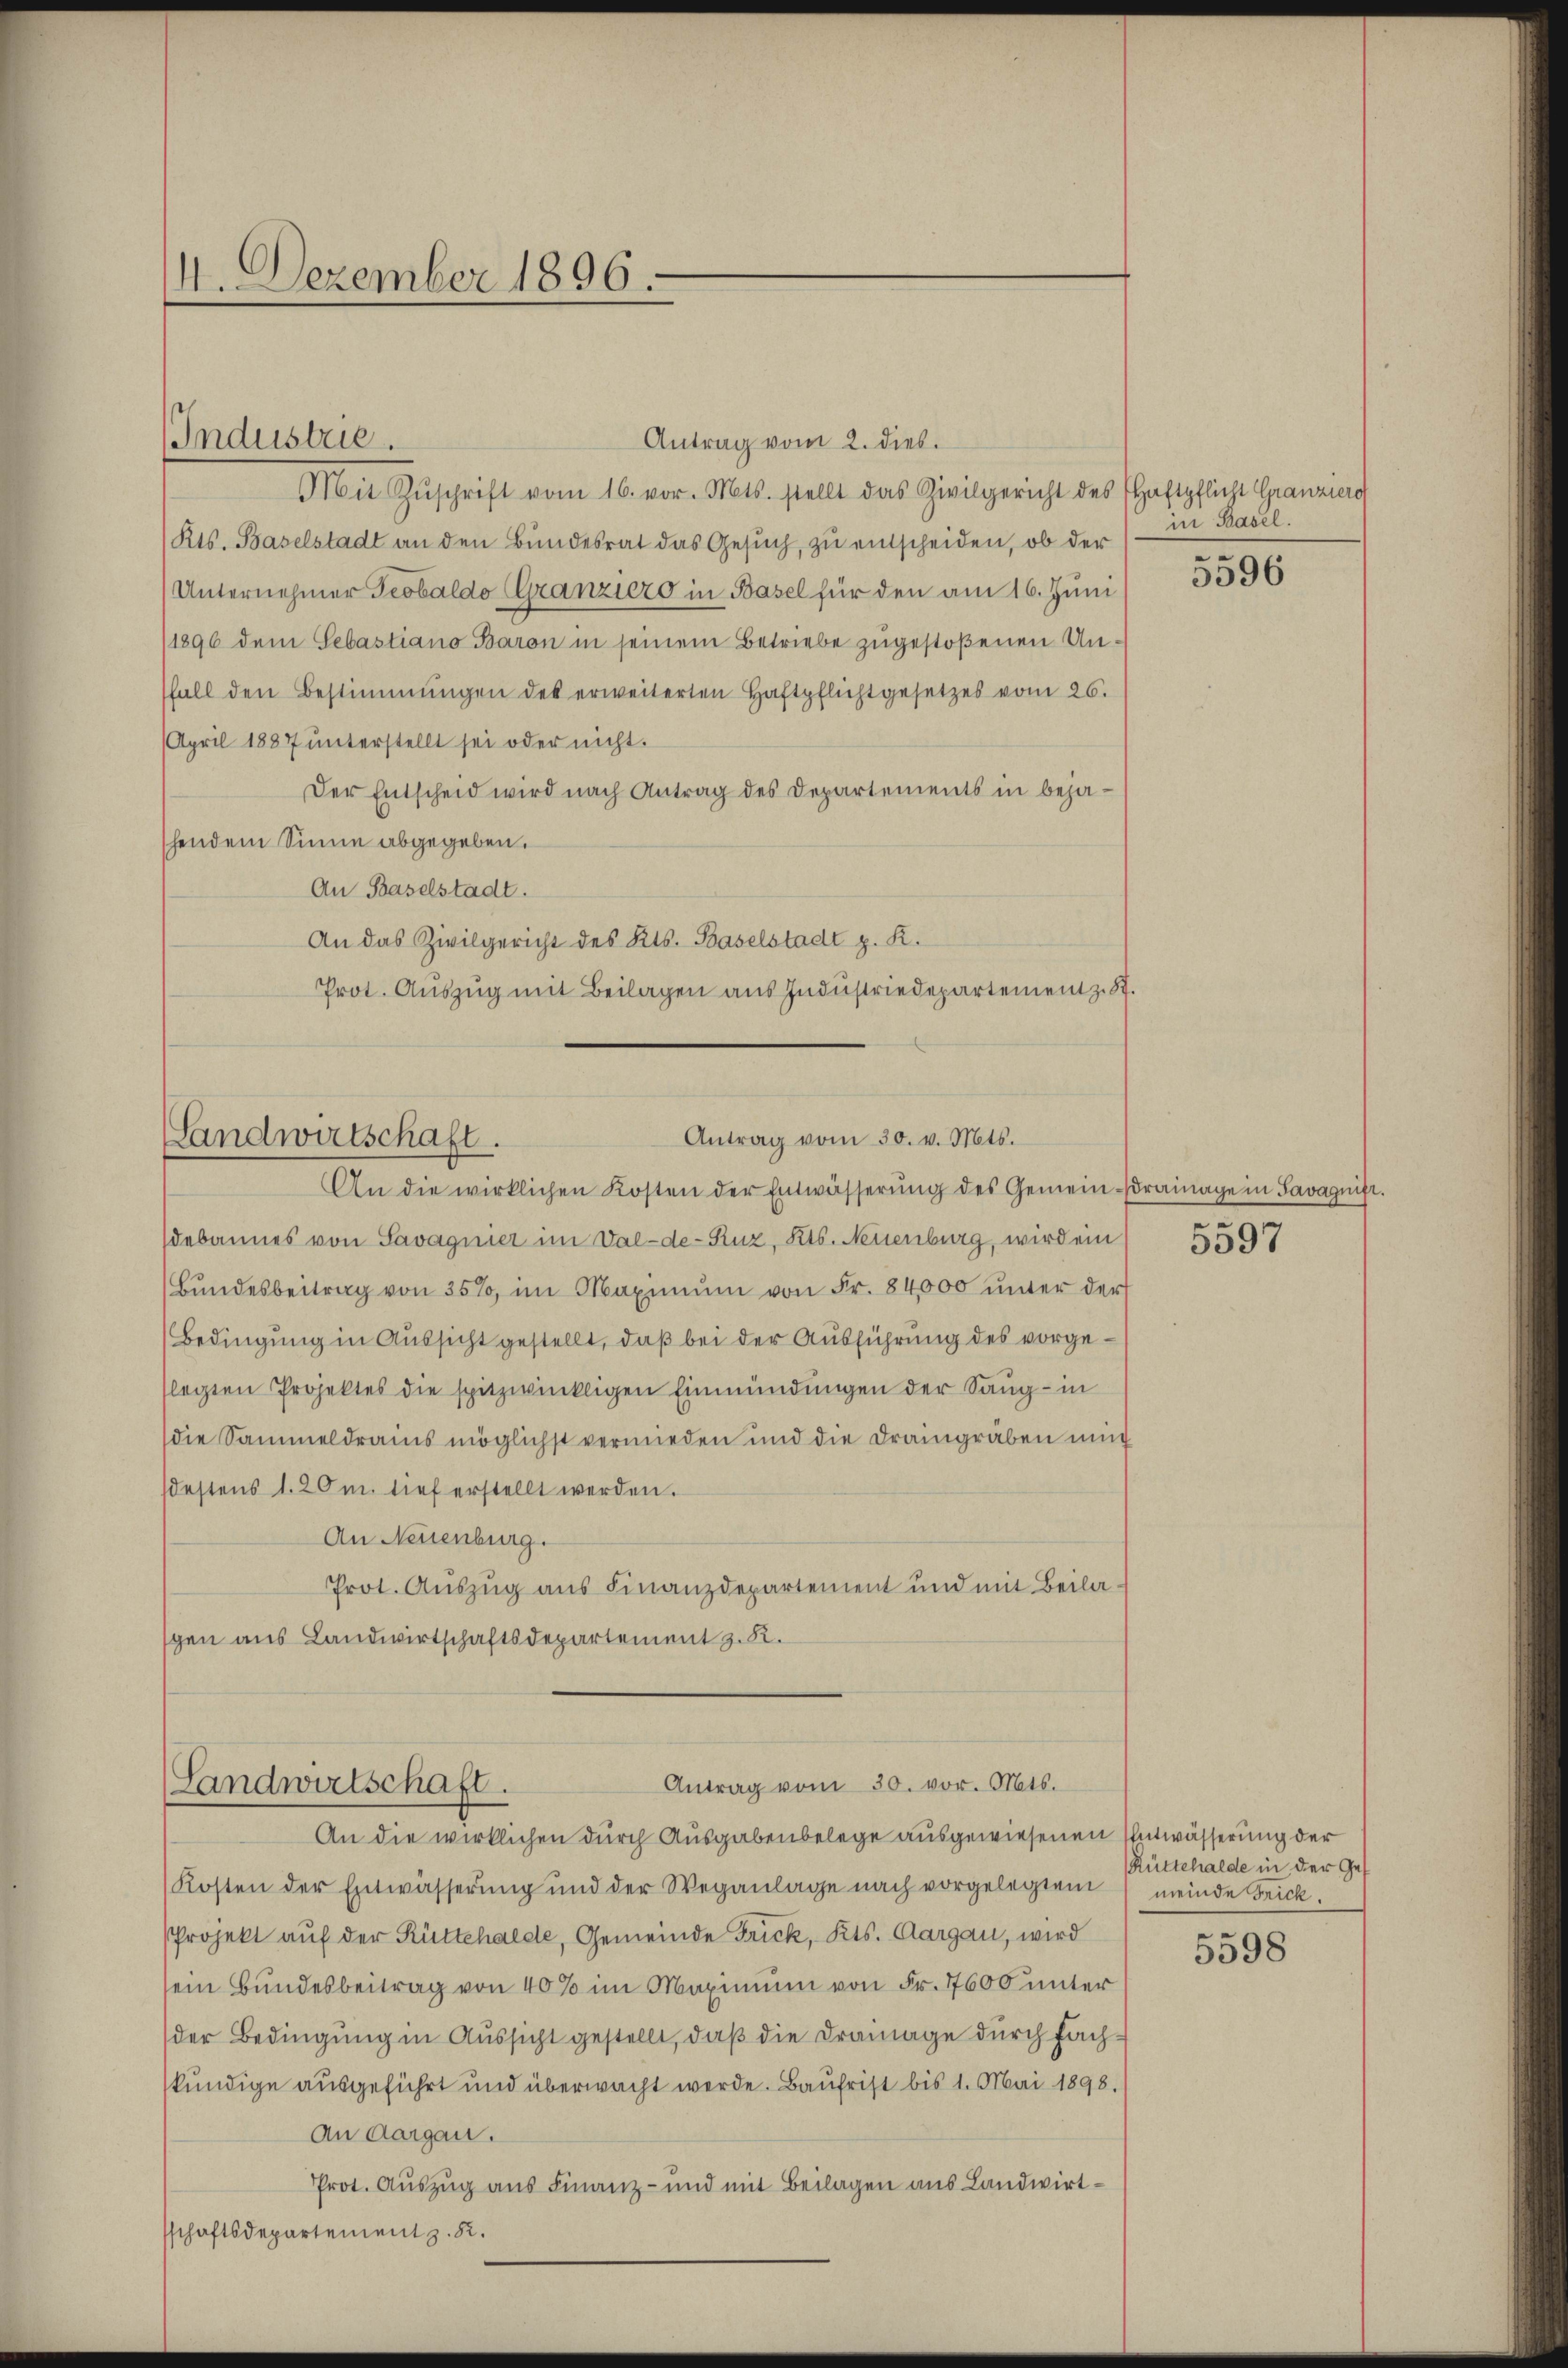
Antrag vom 2. dies.
Mit Zŭschrift vom 16. vor. Mts. stellt das Zivilgericht des Haftpflicht Granzierg
Kts. Baselstadt an den Bundesrat das Gesuch, zu entscheiden, ob der
Unternehmer Teobaldo (Granziero in Basel für den am 16. Juni
(1896 dem Sebastiano Baron in seinem Betriebe zugestoßenen Unsfall den Bestimmungen des erweiterten Haftpflichtgesetzes vom 26.
April 1887 unterstellt sei oder nicht.
Der Entscheid wird nach Antrag des Departements in bejahendem Sinne abgegeben.
An Baselstadt.
An das Zivilgericht des Kts. Baselstadt z. R.
Prot. Aŭszŭg mit Beilagen aŭs Indŭstriedepartement z. St.

14. Dezember 1896.

Industrie.

Antrag vom 30. v. Mts.
Landwirtschaft.
An die wirklichen Kosten der Entwässerŭng des Gemeindrainage in Savagnifi

Antrag vom 30. vor. Mts.
Landwirtschaft.

debannes von Savagnier im Val-de-Ruz, Kts. Neuenburg, wird ein
Bŭndesbeitrag von 35%, im Maximŭm von Fr. 84000 ŭnter der
Bedingung in Aussicht gestellt, daß bei der Ausführung des vorgelegten Projektes die spitzwinkligen Einmündŭngen der Saug - in
die Sammeldrains möglichst vermieden und die Draingräben ung
destens 1. 20m tief erstellt werden.
An Neuenburg.
Prot. Auszug aus Finanzdepartement und mit Beilaspen aus Landwirtschaftsdepartement z. R.

An die wirklichen durch Ausgabenbelege ausgewiesenen Entwässerung der
Kosten der Entwässerung und der Weganlage nach vorgelegten meinde Frick
Projekt auf der Rüttehalde, Gemeinde Frick, Kts. Aargau, wird
sein Bundesbeitrag von 40% im Maximum von Fr. 7600 unter
(der Bedingung in Aussicht gestellt, daß die Drainage durch fachkundige ausgeführt und überwacht werde. Baufrist bis 1. Mai 1898.
An Aargau.
Prot. Auszug aus Finanz- und mit Beilagen aus Landwirtsschaftsdepartement z. B.

in Basel.
e

3596

.

5597

Rüttehalde in der Gee

5398